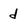
Character: d